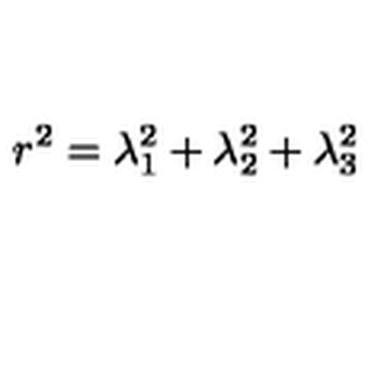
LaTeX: r ^ { 2 } = \lambda _ { 1 } ^ { 2 } + \lambda _ { 2 } ^ { 2 } + \lambda _ { 3 } ^ { 2 }